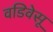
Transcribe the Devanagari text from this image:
वडिवेसू